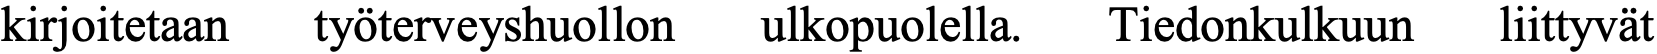
kirjoitetaan työterveyshuollon ulkopuolella. Tiedonkulkuun liittyvät